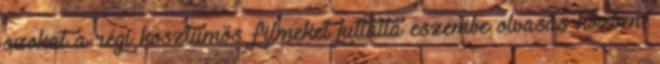
azokat a régi kosztümös filmeket juttatta eszembe olvasás közben,